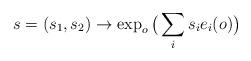
LaTeX: \begin{align*} s=(s_1,s_2)\rightarrow\exp_o\big(\sum\limits_{i}s_ie_i(o)\big)\end{align*}